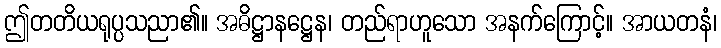
ဤတတိယရုပ္ပသညာ၏။ အဓိဋ္ဌာနဋ္ဌေန၊ တည်ရာဟူသော အနက်ကြောင့်။ အာယတနံ၊